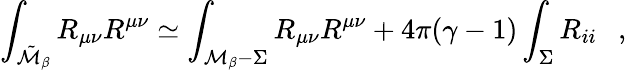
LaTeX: \int_{\tilde{\cal M}_{\beta}}R_{\mu\nu}R^{\mu\nu}\simeq\int_{{\cal M}_{\beta}-\Sigma}R_{\mu\nu}R^{\mu\nu}+4\pi(\gamma-1)\int_{\Sigma}R_{ii}~~~,